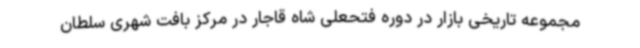
مجموعه تاریخی بازار در دوره فتحعلی شاه قاجار در مرکز بافت شهری سلطان